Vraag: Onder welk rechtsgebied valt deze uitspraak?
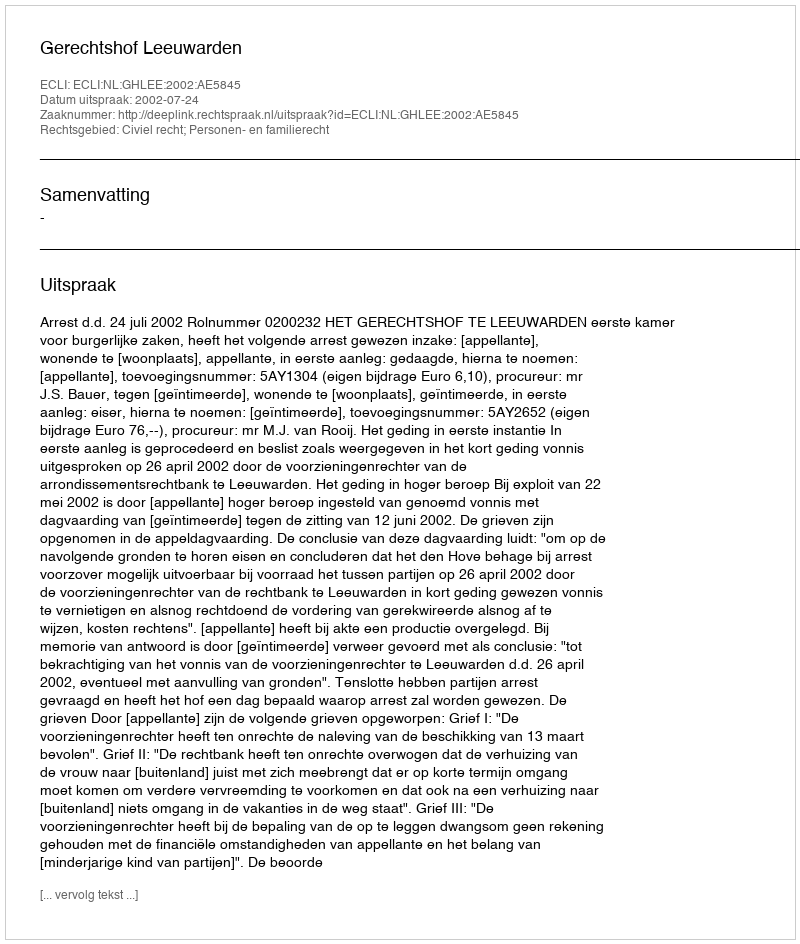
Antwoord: Civiel recht; Personen- en familierecht